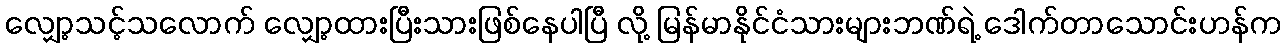
လျှော့သင့်သလောက် လျှော့ထားပြီးသားဖြစ်နေပါပြီ လို့ မြန်မာနိုင်ငံသားများဘဏ်ရဲ့ ဒေါက်တာသောင်းဟန်က